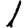
Digit: 1